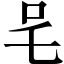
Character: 𭆿